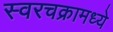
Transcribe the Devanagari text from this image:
स्वरचक्रामध्ये